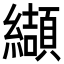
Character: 纈